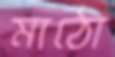
মাঠো